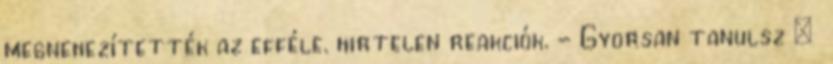
megnehezítették az efféle. hirtelen reakciók. - Gyorsan tanulsz :